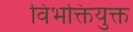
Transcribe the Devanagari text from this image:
विभक्तियुक्त